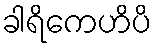
ခါရိကေဟိပိ